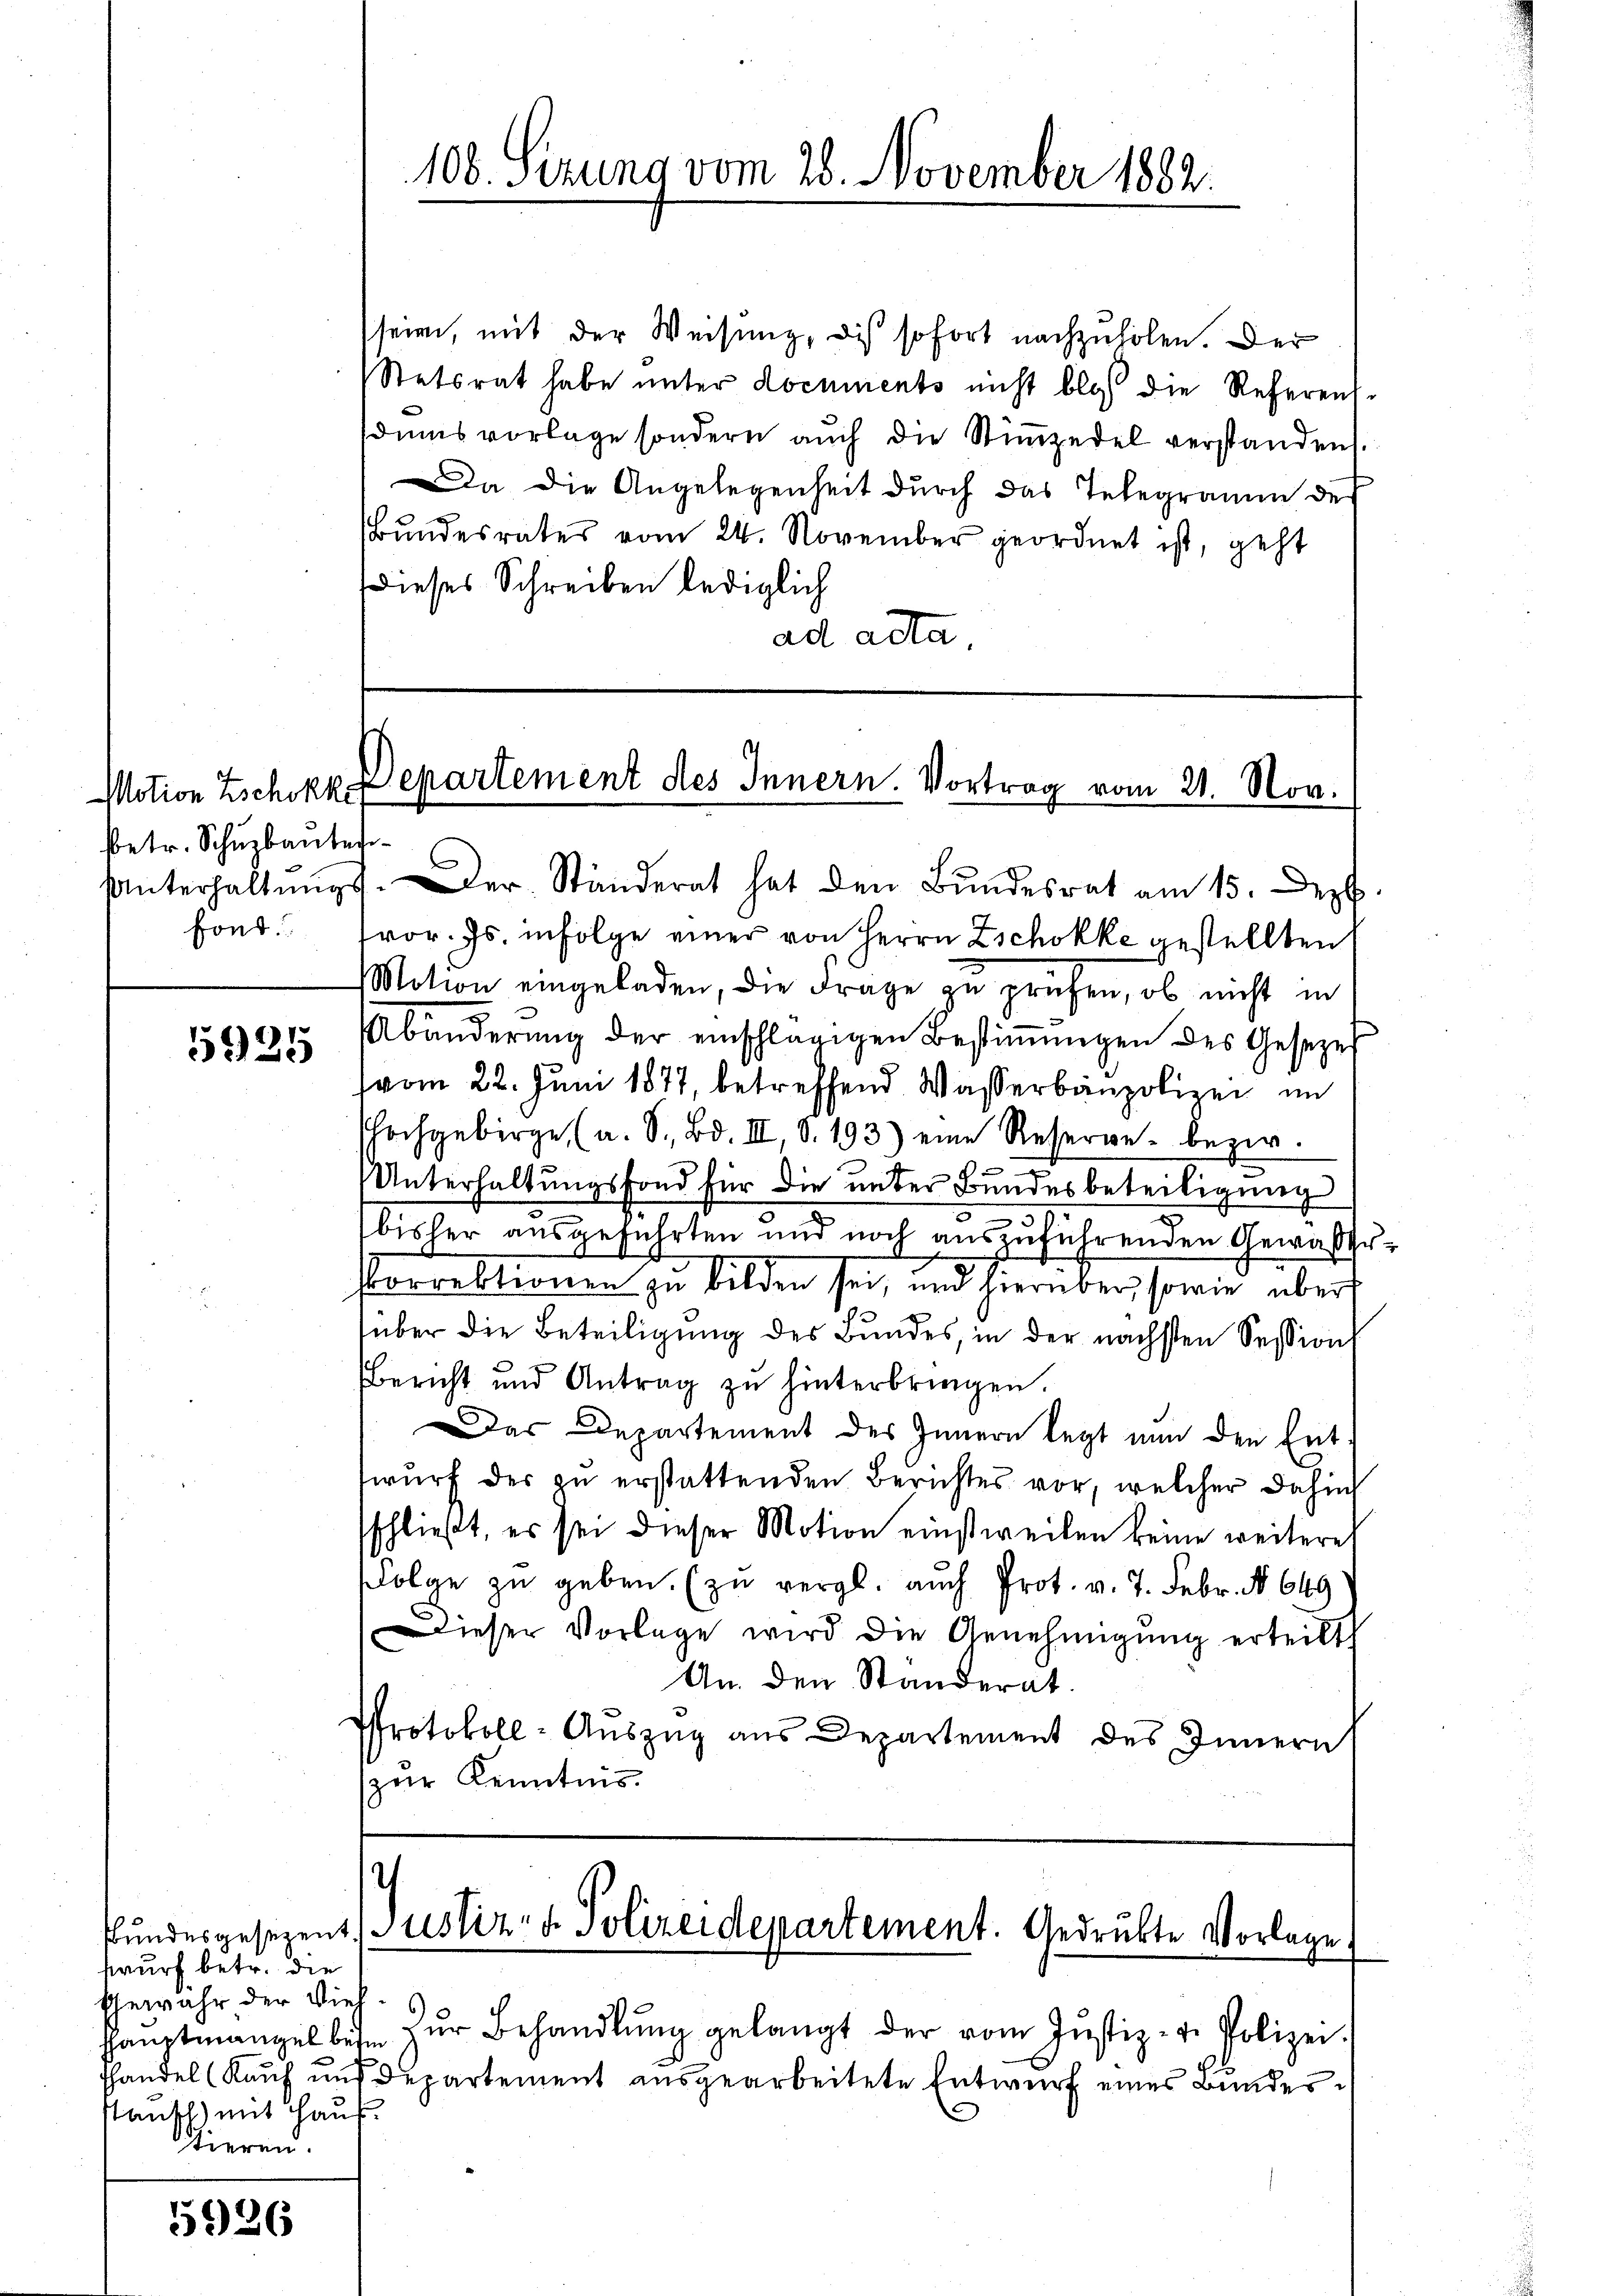
Motion Zschokke
betr. Schuzbaute

1935

wurf betr. die
Gewähr der Vieh
Sanft) mit Haus.
Tieren.

5926

seien, mit der Weisung, die sofort nachzuholen. Der
Stetsrat habe unter documents nicht bloss die Referensdums vorlage sondern auch die Stimmzedel verstanden.
Da die Angelegenheit durch das Telegramm des
Bundesrates vom 24. November geordnet ist, geht
Dieses Schreiben lediglich
ad acta.

108. Sizung vom 28. November 1882.

Departement des Innern. Vortrag vom 21. Nov.

Unterhaltŭngs. Der Ständerat hat den Bŭndesrat am 15. Dezb
fond. vor. Js. infolge einer von Herrn Zschokke gestellten
Motion eingeladen, die Frage zu prüfen, ob nicht in
Abänderŭng der einschlägigen Bestiṁŭngen des Gesezes
(vom 22. Juni 1877, betreffend Wasserbaupolizei im
hochgebirge (a. S. Bd. III, S. 193) eine Reserve- bezw.
9
Unterhaltungsfond für die unter Bundesbeteiligung
51
bisher ausgeführten und noch auszuführenden Gewässe¬
Porrektionen zu bilden sei, und hierüber, sowie über
über die Beteiligung des Bundes, in der nächsten Session
Bericht und Antrag zu hinterbringen.
Das Departement des Innern legt nun den Ent-
twurf der zu erstattenden Berichtes vor, welcher dahin
sschließt, es sei dieser Motion einstweilen keine weitere
Folge zu geben. (zu vergl. auch Prot. v. 7. Febr. No 649.
Dieser Vorlage wird die Genehmigŭng erteilt
An den Standerat.
PProtokoll-Auszug aus Departement des Innern
zur Kenntnis.

)
Bundesgesezent (Justiz & Polizeidepartement. Gedrukte Vorlage,

haŭptmangel beim zŭr Behandlŭng gelangt der vom Justiz- u. Polizei.
handel (Kaŭf aŭs Departement aŭsgearbeitete Entwŭrf eines Bundes¬